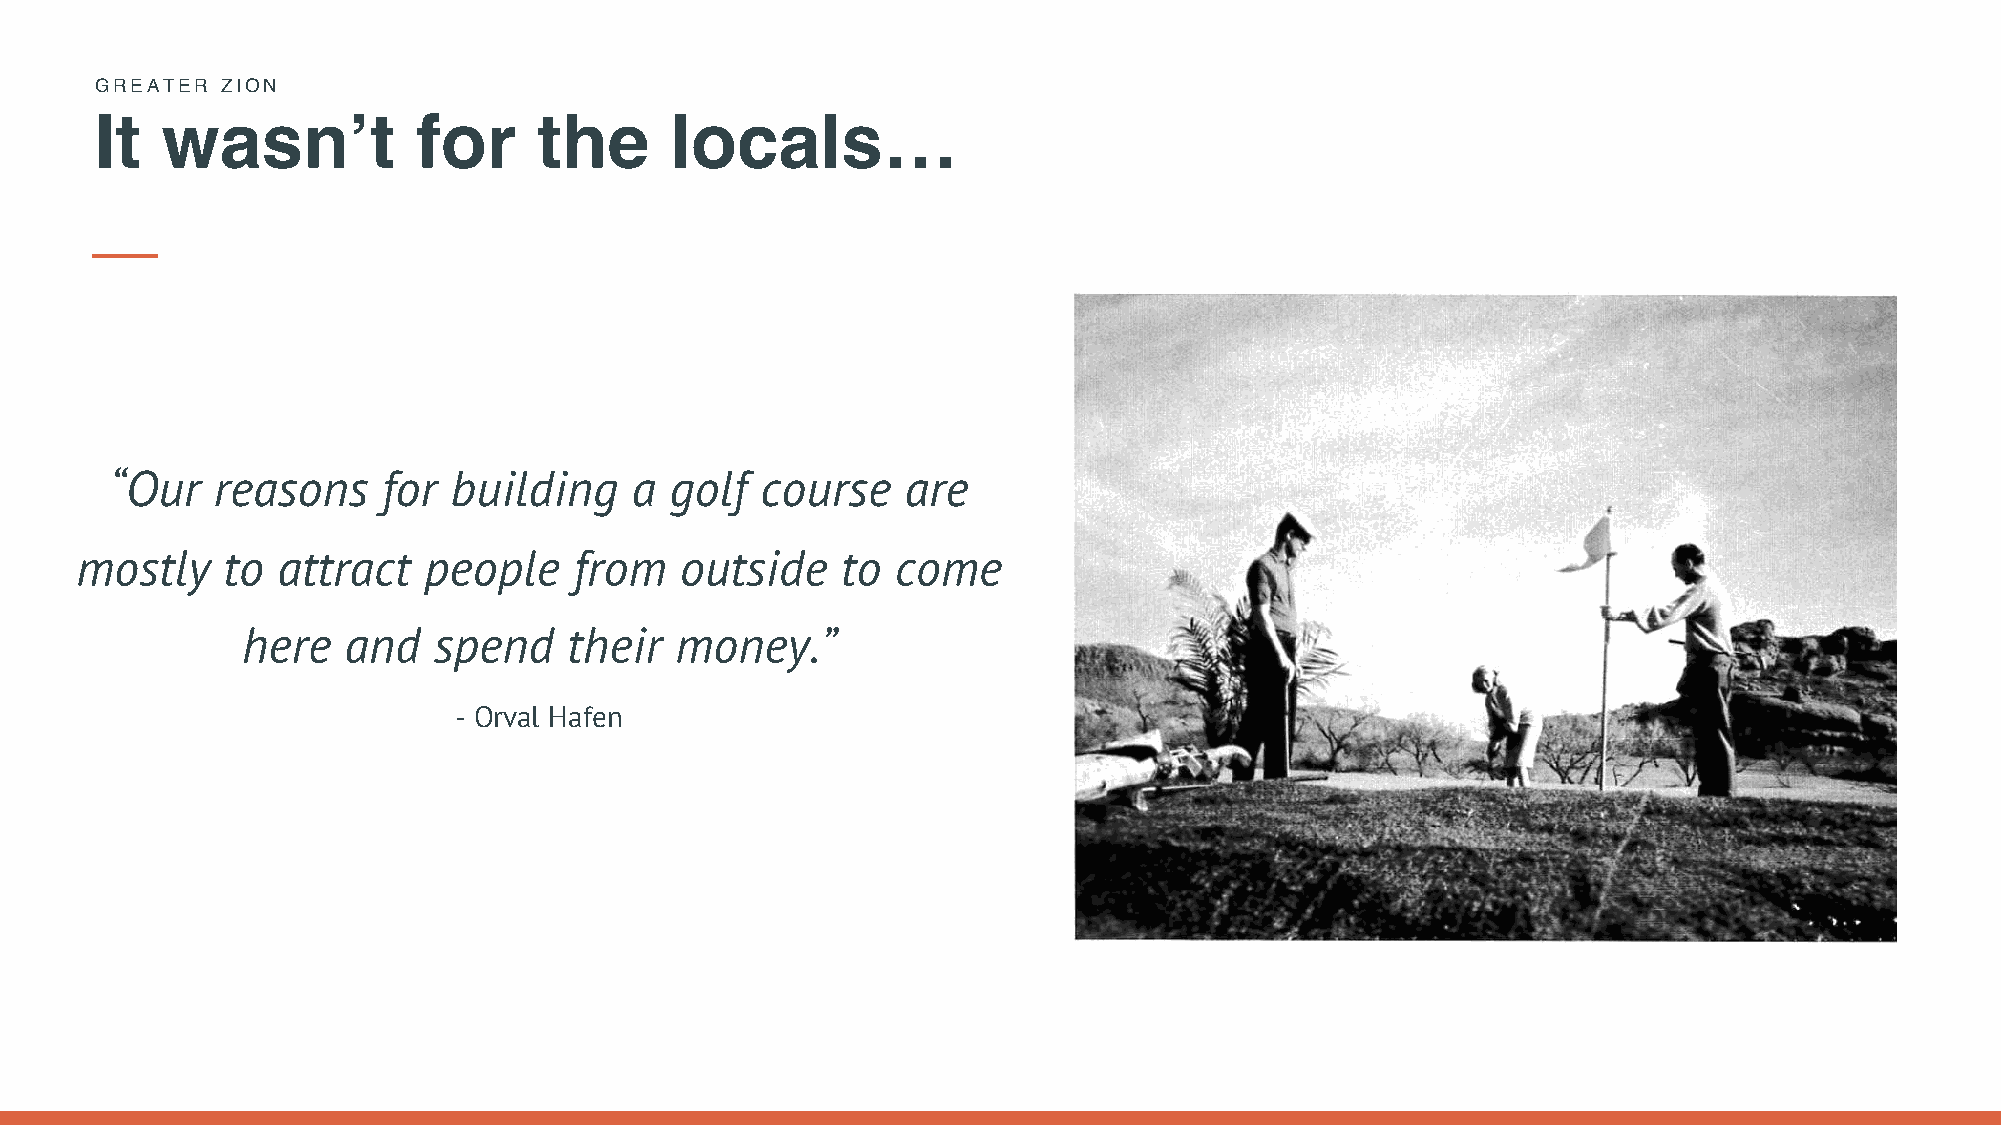
GREATER  ZION
 It   wasn’t           for     the     locals…
 “Our   reasons    for  building    a golf  course    are
 mostly    to attract   people    from   outside    to come
 here   and   spend    their  money.”
 - Orval Hafen